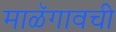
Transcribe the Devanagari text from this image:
माळॅगावची